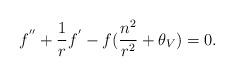
LaTeX: \begin{align*}f^{''}+\frac{1}{r}f^{'}-f(\frac{n^2}{r^2}+\theta_{V})=0.\end{align*}